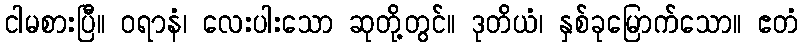
ငါမစားပြီ။ ဝရာနံ၊ လေးပါးသော ဆုတို့တွင်။ ဒုတိယံ၊ နှစ်ခုမြောက်သော။ ဧတံ